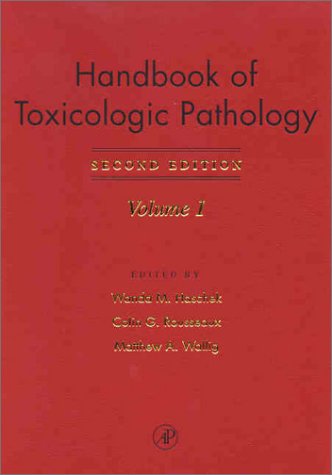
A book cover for Haschek and Rousseaux's Handbook of Toxicologic Pathology, Second Edition; Medical Books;